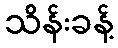
သိန်းခန့်